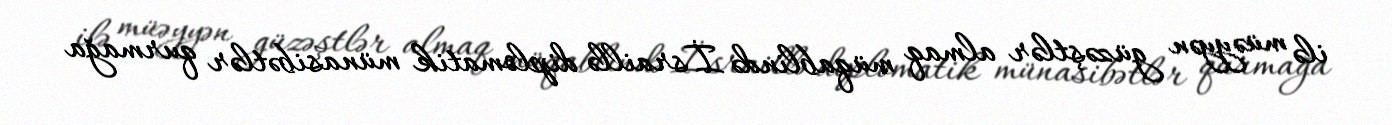
ilə müəyyən güzəştlər almaq müqablində İsraillə diplomatik münasibətlər qurmağa